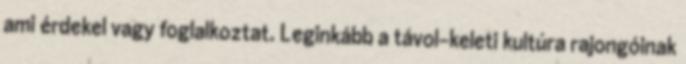
ami érdekel vagy foglalkoztat. Leginkább a távol-keleti kultúra rajongóinak